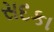
સદકા